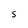
Character: S